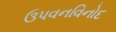
ઉપવનવિનોદ